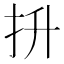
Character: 抍